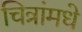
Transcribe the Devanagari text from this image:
चित्रांमधे